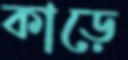
কাড়ে